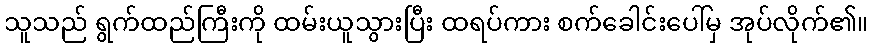
သူသည် ရွက်ထည်ကြီးကို ထမ်းယူသွားပြီး ထရပ်ကား စက်ခေါင်းပေါ်မှ အုပ်လိုက်၏။